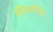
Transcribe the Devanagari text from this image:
सौवर्णानि